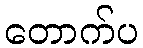
တောက်ပ